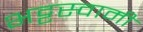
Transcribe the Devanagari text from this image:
भट्टस्वामी